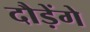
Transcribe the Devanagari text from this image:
दौड़ेंगे